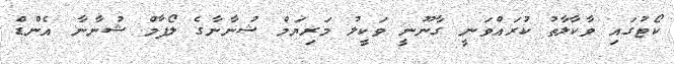
ކޯޓުގައި ވާކާލާތު ކުރައްވަނީ ގާނޫނީ ވަކީލު މަރިޔަމް ޝުނާނާގެ ލޯފާމް ޝުނާނާ އެންޑް